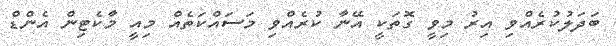
ބަދަލުކުރެއްވި އިރު މިވީ ގޮތަކީ އޭނާ ކުރެއްވި މަސައްކަތެއް މިއީ މާކެޓިން އެންޑް